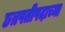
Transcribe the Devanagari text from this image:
छत्रपतीपदाच्या